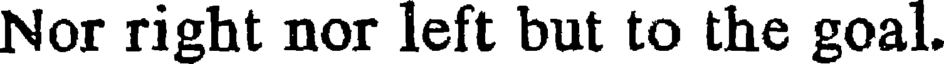
Nor right nor left but to the goal.